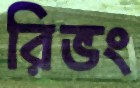
রিভং